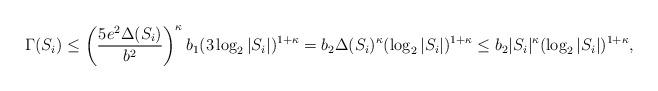
LaTeX: \begin{align*} \Gamma(S_i) \le \left(\frac{5e^2\Delta(S_i)}{b^2}\right)^{\kappa} b_1 (3\log_2|S_i|)^{1+\kappa} = b_2 \Delta(S_i)^\kappa (\log_2 |S_i|)^{1+\kappa} \le b_2 |S_i|^\kappa (\log_2 |S_i|)^{1+\kappa}, \end{align*}